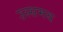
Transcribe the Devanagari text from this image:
उस्समय